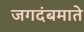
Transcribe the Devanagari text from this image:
जगदंबमाते